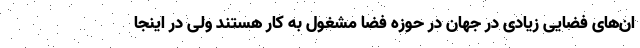
ان‌های فضایی زیادی در جهان در حوزه فضا مشغول به کار هستند ولی در اینجا